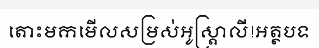
តោះមកមើលសម្រស់អូស្ត្រាលី!អត្ថបទ